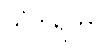
သံဟရိတွာ